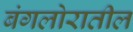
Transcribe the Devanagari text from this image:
बंगलोरातील